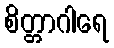
စိတ္တာဂါရေ